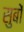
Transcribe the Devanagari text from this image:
सुबों